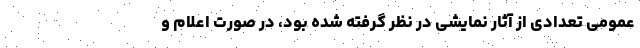
عمومی تعدادی از آثار نمایشی در نظر گرفته شده بود، در صورت اعلام و